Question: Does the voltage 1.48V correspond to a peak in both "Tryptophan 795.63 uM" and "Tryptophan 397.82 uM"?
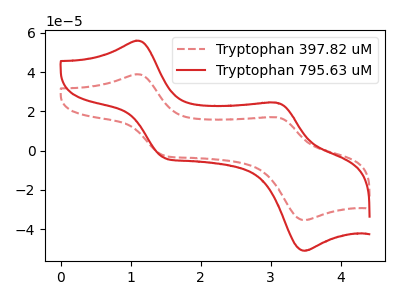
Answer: <think>The red dashed curve "Tryptophan 397.82 uM" has anodic peaks at (1.05V, 38.85uA) (3.10V, 16.95uA) and cathodic peaks at (1.50V, -2.60uA) (3.45V, -35.40uA). The red curve "Tryptophan 795.63 uM" has anodic peaks at (1.05V, 55.95uA) (3.10V, 24.40uA) and cathodic peaks at (1.50V, -3.75uA) (3.45V, -50.95uA).</think>
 <answer>Yes, "Tryptophan 795.63 uM" and "Tryptophan 397.82 uM" share a peak at 1.48V.</answer>
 <eval>match</eval>